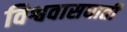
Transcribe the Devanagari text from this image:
विश्ववासघाती